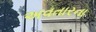
અવતારના